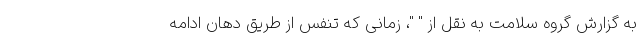
به گزارش گروه سلامت به نقل از " "، زمانی که تنفس از طریق دهان ادامه